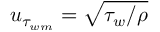
u _ { \tau _ { w m } } = \sqrt { \tau _ { w } / \rho }